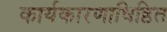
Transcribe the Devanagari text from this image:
कार्यकारणाधिष्ठित